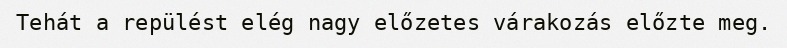
Tehát a repülést elég nagy előzetes várakozás előzte meg.